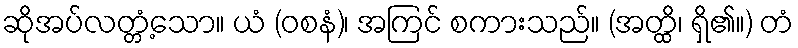
ဆိုအပ်လတ္တံ့သော။ ယံ (ဝစနံ)၊ အကြင် စကားသည်။ (အတ္ထိ၊ ရှိ၏။) တံ